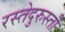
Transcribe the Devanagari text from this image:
रस्तेदुरुस्ती